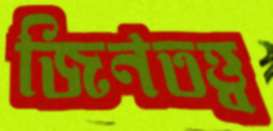
জিনতত্ত্ব